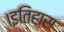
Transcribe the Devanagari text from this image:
।इतिहास